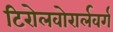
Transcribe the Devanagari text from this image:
टिरोलवोरार्लवर्ग